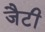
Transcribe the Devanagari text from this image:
जैटी